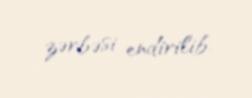
zərbəsi endirilib.